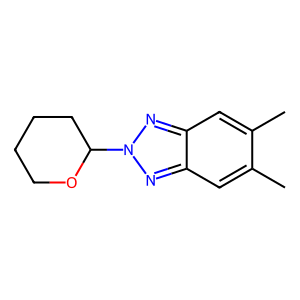
SMILES: Cc1cc2nn(C3CCCCO3)nc2cc1C
Inhibits HIV replication: No